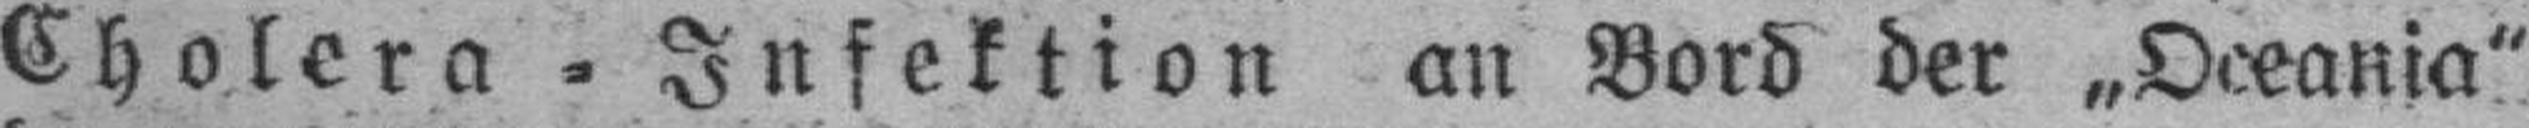
Cholera = Infektion an Bord der „Oceania“